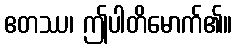
ဧတဿ၊ ဤပါတိမောက်၏။